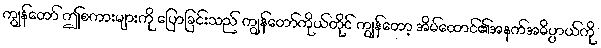
ကျွန်တော် ဤစကားများကို ပြောခြင်းသည် ကျွန်တော်ကိုယ်တိုင် ကျွန်တော့ အိမ်ထောင်၏အနက်အဓိပ္ပာယ်ကို